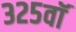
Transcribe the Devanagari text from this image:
३२५वॉ